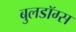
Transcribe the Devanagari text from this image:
बुलडॉग्‍स